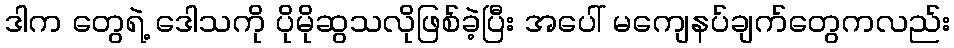
ဒါက တွေရဲ့ ဒေါသကို ပိုမိုဆွသလိုဖြစ်ခဲ့ပြီး အပေါ် မကျေနပ်ချက်တွေကလည်း